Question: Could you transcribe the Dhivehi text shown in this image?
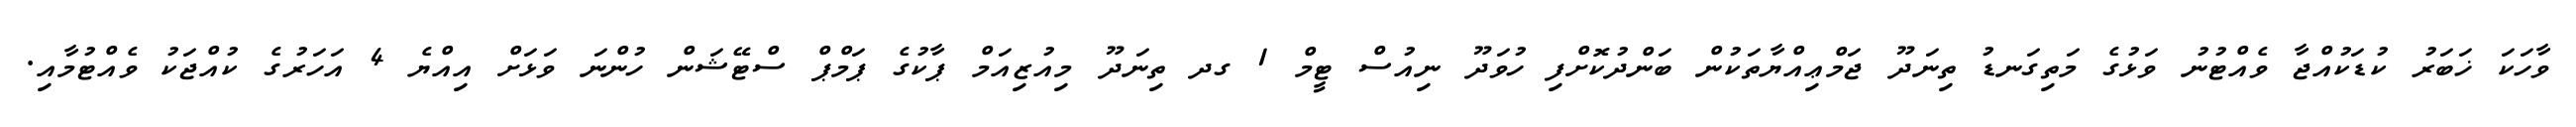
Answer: ވާހަކަ ޚަބަރު ކުޑަކުއްޖާ ވެއްޓުނު ވަޅުގެ މަތިގަނޑު ތިނަދޫ ޖަމްޢިއްޔާތަކުން ބަންދުކޮށްފި ހުވަދޫ ނިއުސް ޓީމް 1 ގދ ތިނަދޫ މިއުޒިއަމް ޕާކުގެ ޕަމްޕް ސްޓޭޝަން ހުންނަ ވަޅަށް އިއްޔެ 4 އަހަރުގެ ކުއްޖަކު ވެއްޓުމާއި.